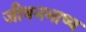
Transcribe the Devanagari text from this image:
जीवनभाष्य